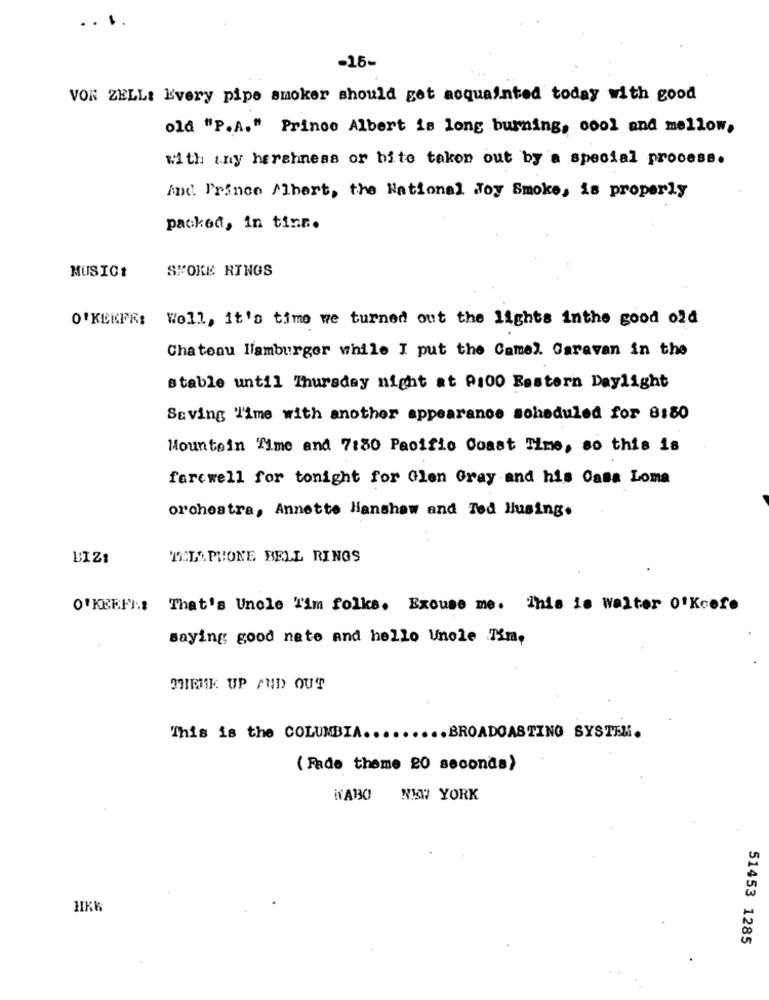
...
-15-
VON ZELL: Every pipe smoker should get acquainted today with good
old "P.A." Prince Albert is long burning, cool and mellow,
with iny hershmness or bito taken out by a special process.
And Prince Mhart, the National Joy Smoke, is properly
packed, in tins.
SMOKE RINGS
MUSIC!
O'KEKFR: Woll, it's time we turned out the lights inthe good old
Chatoou Hamburger while I put the Camel. Garavan in the
stable until Thursday night at 9:00 Eastern Daylight
Saving Time with another appearance scheduled for 8:80
Mountain Time and 7180 Pacific Coast Time, so this is
farewell for tonight for Glen Gray and his Casa Loma
orchestra, Annette Hanshaw and Ted Husing.
BIZI
TELE PHONE BELL RINGS
O'KEEP]: That's Uncle Tim folks. Excuse me. This is walter O'keefe
saying good nete and hello Unole Tim,
WIEME UP AND OUT
This is the COLUMBIA ......... BROADCASTING SYSTEM.
( Fade theme 20 seconds)
WABO NEW YORK
HKK
51453 1285